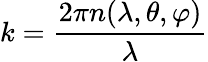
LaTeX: k=\frac{2\pi n(\lambda,\theta,\varphi)}{\lambda}